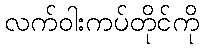
လက်ဝါးကပ်တိုင်ကို